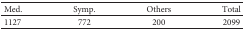
<table><thead><tr><td><b>Med.</b></td><td><b>Symp.</b></td><td><b>Others</b></td><td><b>Total</b></td></tr></thead><tbody><tr><td>1127</td><td>772</td><td>200</td><td>2099</td></tr></tbody></table>